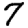
Digit: 7